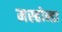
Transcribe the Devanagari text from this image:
मस्होन्डा